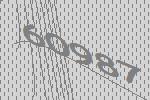
60987